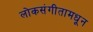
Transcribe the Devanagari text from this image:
लोकसंगीतामधून